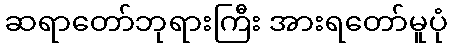
ဆရာတော်ဘုရားကြီး အားရတော်မူပုံ